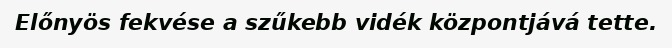
Előnyös fekvése a szűkebb vidék központjává tette.